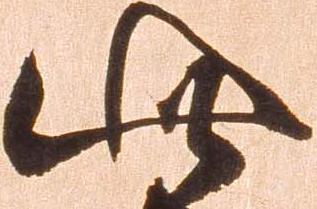
此